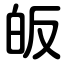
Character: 皈